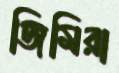
জিমিরা